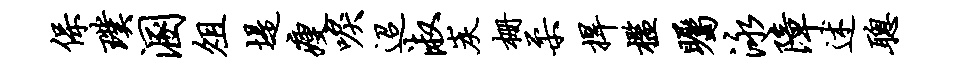
保璞溷俎堤瘦唳迢淑炭栅柔捍槛瞩泳障述聪